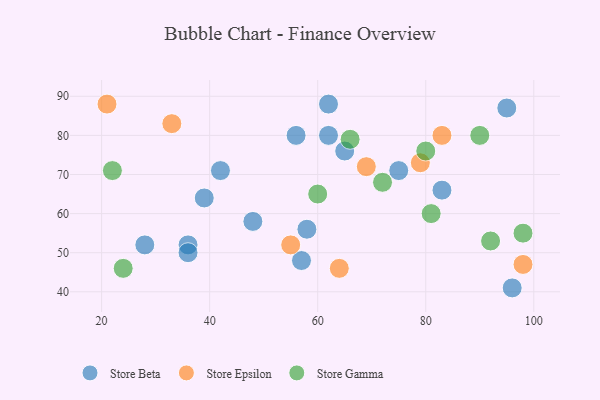
{"axis": {"x": "GDP", "y": "Life Expectancy"}, "legend": ["Store Beta", "Store Epsilon", "Store Gamma"], "data": [{"x": "57", "y": 48, "type": "Store Beta"}, {"x": "62", "y": 80, "type": "Store Beta"}, {"x": "28", "y": 52, "type": "Store Beta"}, {"x": "39", "y": 64, "type": "Store Beta"}, {"x": "36", "y": 52, "type": "Store Beta"}, {"x": "75", "y": 71, "type": "Store Beta"}, {"x": "36", "y": 50, "type": "Store Beta"}, {"x": "65", "y": 76, "type": "Store Beta"}, {"x": "83", "y": 66, "type": "Store Beta"}, {"x": "58", "y": 56, "type": "Store Beta"}, {"x": "42", "y": 71, "type": "Store Beta"}, {"x": "95", "y": 87, "type": "Store Beta"}, {"x": "56", "y": 80, "type": "Store Beta"}, {"x": "62", "y": 88, "type": "Store Beta"}, {"x": "48", "y": 58, "type": "Store Beta"}, {"x": "96", "y": 41, "type": "Store Beta"}, {"x": "64", "y": 46, "type": "Store Epsilon"}, {"x": "79", "y": 73, "type": "Store Epsilon"}, {"x": "55", "y": 52, "type": "Store Epsilon"}, {"x": "33", "y": 83, "type": "Store Epsilon"}, {"x": "98", "y": 47, "type": "Store Epsilon"}, {"x": "21", "y": 88, "type": "Store Epsilon"}, {"x": "69", "y": 72, "type": "Store Epsilon"}, {"x": "83", "y": 80, "type": "Store Epsilon"}, {"x": "92", "y": 53, "type": "Store Gamma"}, {"x": "60", "y": 65, "type": "Store Gamma"}, {"x": "81", "y": 60, "type": "Store Gamma"}, {"x": "80", "y": 76, "type": "Store Gamma"}, {"x": "90", "y": 80, "type": "Store Gamma"}, {"x": "24", "y": 46, "type": "Store Gamma"}, {"x": "98", "y": 55, "type": "Store Gamma"}, {"x": "72", "y": 68, "type": "Store Gamma"}, {"x": "22", "y": 71, "type": "Store Gamma"}, {"x": "66", "y": 79, "type": "Store Gamma"}]}